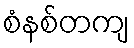
စံနစ်တကျ